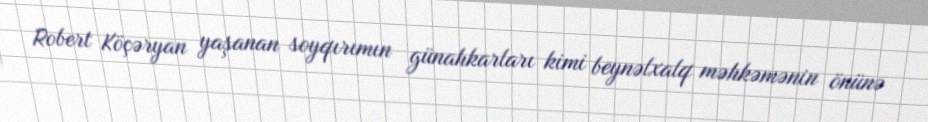
Robert Köçəryan yaşanan soyqırımın günahkarları kimi beynəlxalq məhkəmənin önünə